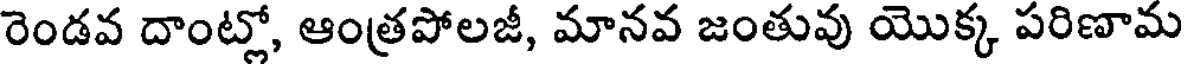
రెండవ దాంట్లో, ఆంత్రపోలజీ, మానవ జంతువు యొక్క పరిణామ